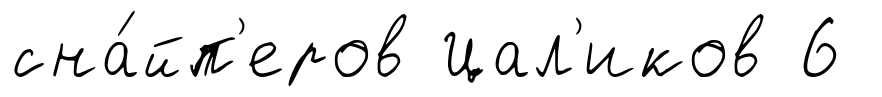
сна́йп'еров Цал'иков 6